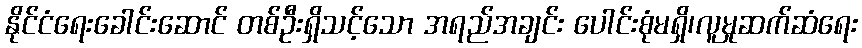
နိုင်ငံရေးခေါင်းဆောင် တစ်ဦးရှိသင့်သော အရည်အချင်း ပေါင်းစုံမရှိ၊လူမှုဆက်ဆံရေး